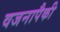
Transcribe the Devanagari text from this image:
वजनापैकी